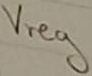
Text: Vreg